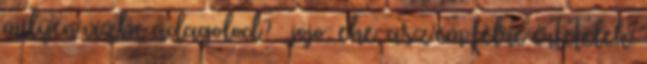
milyen vízbe adagolod? 🙂 jojo: ehe, asz’em félre értetelek.